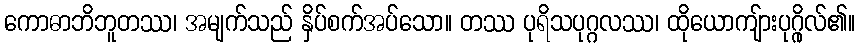
ကောဓာဘိဘူတဿ၊ အမျက်သည် နှိပ်စက်အပ်သော။ တဿ ပုရိသပုဂ္ဂလဿ၊ ထိုယောကျ်ားပုဂ္ဂိုလ်၏။